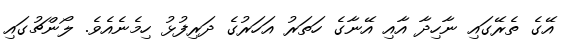
އޭގެ ތެރޭގައި ނާހިދާ އާއި އޭނާގެ ހަތަރު އަހަރުގެ ދަރިފުޅު ހިމެނެއެވެ. ލޯންޗުގައި